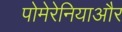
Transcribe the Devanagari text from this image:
पोमेरेनियाऔर